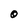
Character: O